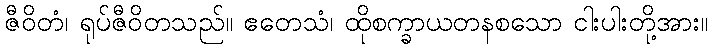
ဇီဝိတံ၊ ရုပ်ဇီဝိတသည်။ ဧတေသံ၊ ထိုစက္ခာယတနစသော ငါးပါးတို့အား။